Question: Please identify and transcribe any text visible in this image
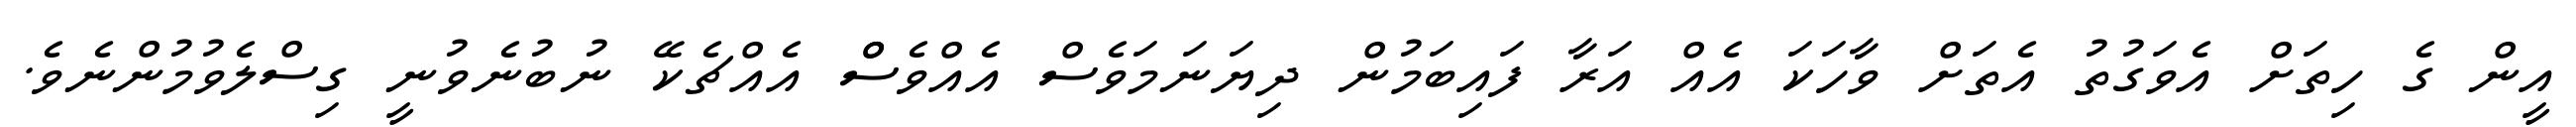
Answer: އީން ގެ ހިތަށް އެވަގުތު އެތަށް ވާހަކަ އެއް އަރާ ފައިބަމުން ދިޔަނަމަވެސް އެއްވެސްް އެއްޗެކޭ ނުބުނެވުނީ ގިސްލެވުމުންނެވެ.